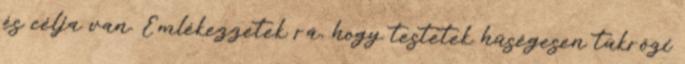
és célja van. Emlékezzetek rá, hogy testetek hűségesen tükrözi